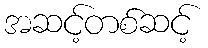
အဆင့်တစ်ဆင့်